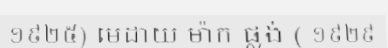
១៩២៥) មេដាយ ម៉ាក ផ្លង់ ( ១៩២៩